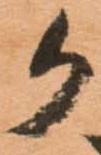
か